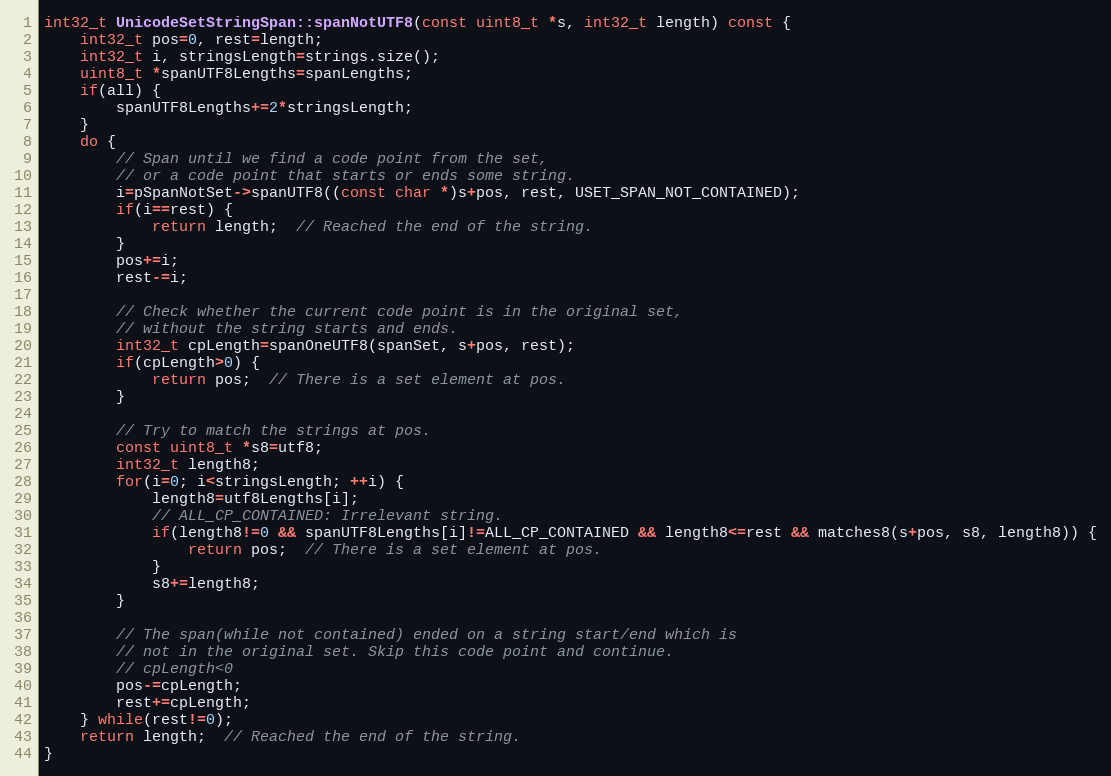
Language: C++
int32_t UnicodeSetStringSpan::spanNotUTF8(const uint8_t *s, int32_t length) const {
    int32_t pos=0, rest=length;
    int32_t i, stringsLength=strings.size();
    uint8_t *spanUTF8Lengths=spanLengths;
    if(all) {
        spanUTF8Lengths+=2*stringsLength;
    }
    do {
        // Span until we find a code point from the set,
        // or a code point that starts or ends some string.
        i=pSpanNotSet->spanUTF8((const char *)s+pos, rest, USET_SPAN_NOT_CONTAINED);
        if(i==rest) {
            return length;  // Reached the end of the string.
        }
        pos+=i;
        rest-=i;

        // Check whether the current code point is in the original set,
        // without the string starts and ends.
        int32_t cpLength=spanOneUTF8(spanSet, s+pos, rest);
        if(cpLength>0) {
            return pos;  // There is a set element at pos.
        }

        // Try to match the strings at pos.
        const uint8_t *s8=utf8;
        int32_t length8;
        for(i=0; i<stringsLength; ++i) {
            length8=utf8Lengths[i];
            // ALL_CP_CONTAINED: Irrelevant string.
            if(length8!=0 && spanUTF8Lengths[i]!=ALL_CP_CONTAINED && length8<=rest && matches8(s+pos, s8, length8)) {
                return pos;  // There is a set element at pos.
            }
            s8+=length8;
        }

        // The span(while not contained) ended on a string start/end which is
        // not in the original set. Skip this code point and continue.
        // cpLength<0
        pos-=cpLength;
        rest+=cpLength;
    } while(rest!=0);
    return length;  // Reached the end of the string.
}